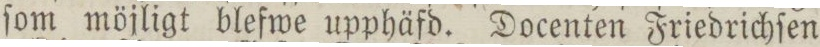
ſom möjligt blefwe upphäfd. Docenten Friedrichſen